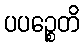
ပပဉ္စေတိ